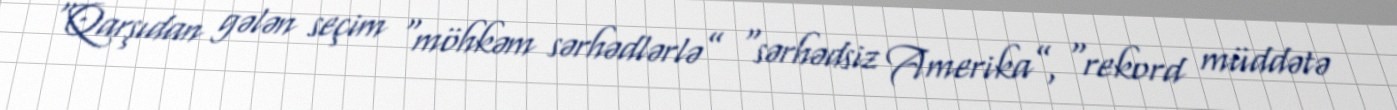
“Qarşıdan gələn seçim “möhkəm sərhədlərlə” “sərhədsiz Amerika”, “rekord müddətə